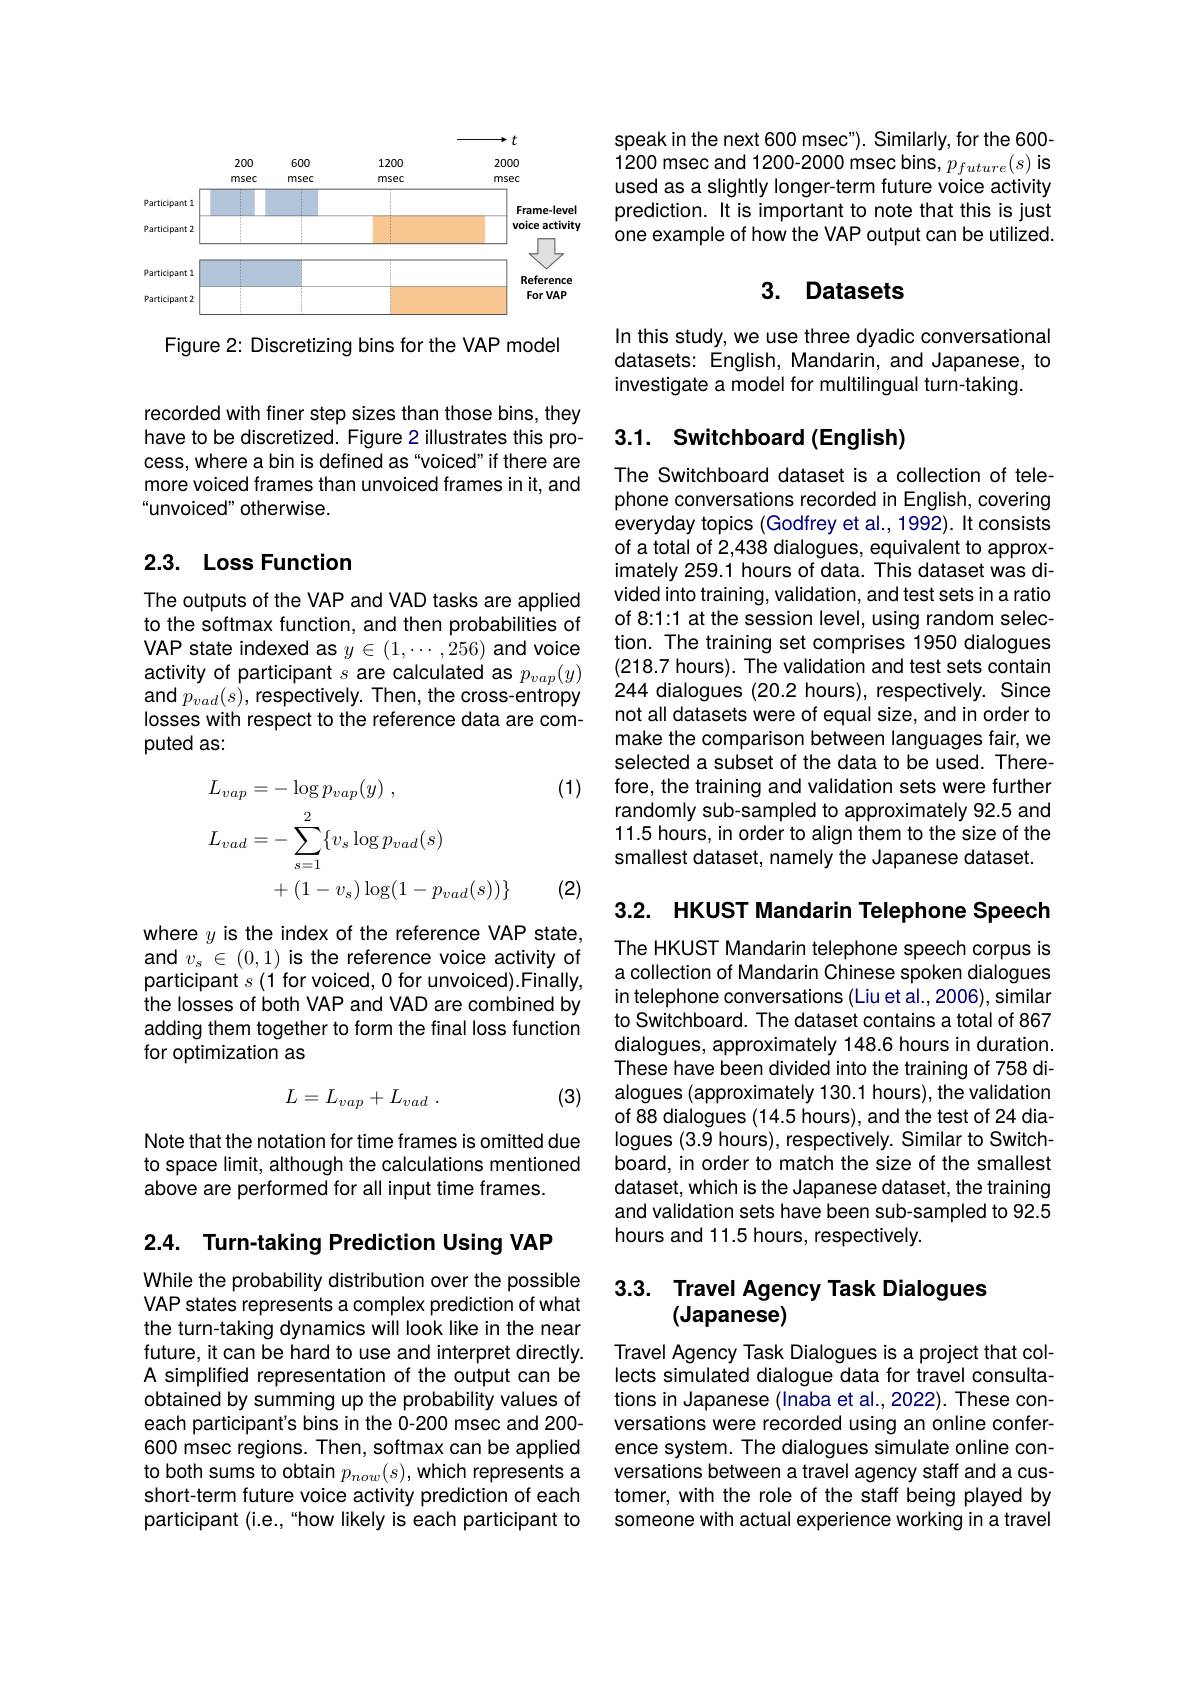
<FigureHere>

Figure 2: Discretizing bins for the VAP model

recorded with finer step sizes than those bins, they have to be discretized. Figure 2 illustrates this process, where a bin is defined as "voiced" if there are more voiced frames than unvoiced frames in it, and “unvoiced" otherwise.

## 2.3. Loss Function

The outputs of the VAP and VAD tasks are applied to the softmax function, and then probabilities of VAP state indexed as $y\in(1,\cdots,256)$ and voice activity of participant $s$ are calculated as $p_vap(y)$ and $p_{vad}(s)$, respectively. Then, the cross-entropy losses with respect to the reference data are computed as:

(1)
$$\begin{aligned}&L_{vap}=-\log p_{vap}(y)\:,\\&L_{vad}=-\sum_{s=1}^{2}\{v_{s}\log p_{vad}(s)\\&+(1-v_{s})\log(1-p_{vad}(s))\}\end{aligned}$$
(2)

where $y$ is the index of the reference VAP state, and $v_s\in(0,1)$ is the reference voice activity of participant $s$ (1 for voiced, 0 for unvoiced).Finally, the losses of both VAP and VAD are combined by adding them together to form the final loss function for optimization as

(3)
$$L=L_{vap}+L_{vad}\:.$$
Note that the notation for time frames is omitted due to space limit, although the calculations mentioned above are performed for all input time frames.

2.4. Turn-taking Prediction Using VAP

While the probability distribution over the possible VAP states represents a complex prediction of what the turn-taking dynamics will look like in the near future, it can be hard to use and interpret directly. A simplified representation of the output can be obtained by summing up the probability values of each participant's bins in the 0-200 msec and 200- 600 msec regions. Then, softmax can be applied to both sums to obtain $p_{now}(s)$, which represents a short-term future voice activity prediction of each participant (i.e.,“how likely is each participant to

speak in the next 600 msec"). Similarly, for the 600- 1200 msec and 1200-2000 msec bins, $p_future(s)$ is used as a slightly longer-term future voice activity prediction. It is important to note that this is just one example of how the VAP output can be utilized.

# 3. Datasets

In this study, we use three dyadic conversational datasets: English, Mandarin, and Japanese, to investigate a model for multilingual turn-taking.

## 3.1. Switchboard(English)

The Switchboard dataset is a collection of telephone conversations recorded in English, covering everyday topics (Godfrey et al., 1992). It consists of a total of 2,438 dialogues, equivalent to approximately 259.1 hours of data. This dataset was divided into training, validation, and test sets in a ratio of 8:1:1 at the session level, using random selection. The training set comprises 1950 dialogues (218.7 hours). The validation and test sets contain 244 dialogues (20.2 hours), respectively. Since not all datasets were of equal size, and in order to make the comparison between languages fair, we selected a subset of the data to be used. Therefore, the training and validation sets were further randomly sub-sampled to approximately 92.5 and 11.5 hours, in order to align them to the size of the smallest dataset, namely the Japanese dataset.

3.2. HKUST Mandarin Telephone Speech

The HKUST Mandarin telephone speech corpus is a collection of Mandarin Chinese spoken dialogues in telephone conversations (Liu et al.,2006), similar to Switchboard. The dataset contains a total of 867 dialogues, approximately 148.6 hours in duration. These have been divided into the training of 758 dialogues (approximately 130.1 hours), the validation of 88 dialogues (14.5 hours), and the test of 24 dialogues (3.9 hours), respectively. Similar to Switchboard, in order to match the size of the smallest dataset, which is the Japanese dataset, the training and validation sets have been sub-sampled to 92.5 hours and 11.5 hours, respectively

## 3.3. Travel Agency Task Dialogues (Japanese)

Travel Agency Task Dialogues is a project that collects simulated dialogue data for travel consultations in Japanese (Inaba et al.,2022). These conversations were recorded using an online conference system. The dialogues simulate online conversations between a travel agency staff and a customer, with the role of the staff being played by someone with actual experience working in a travel